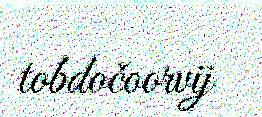
tobdočoorvij